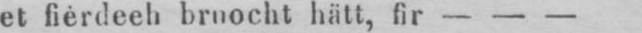
et fiérdeeh bruocht hätt, fir - - -